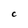
Character: c